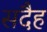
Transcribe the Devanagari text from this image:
सदैह